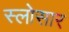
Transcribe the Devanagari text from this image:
स्लोसार